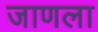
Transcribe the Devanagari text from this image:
जाणला